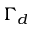
\Gamma _ { d }